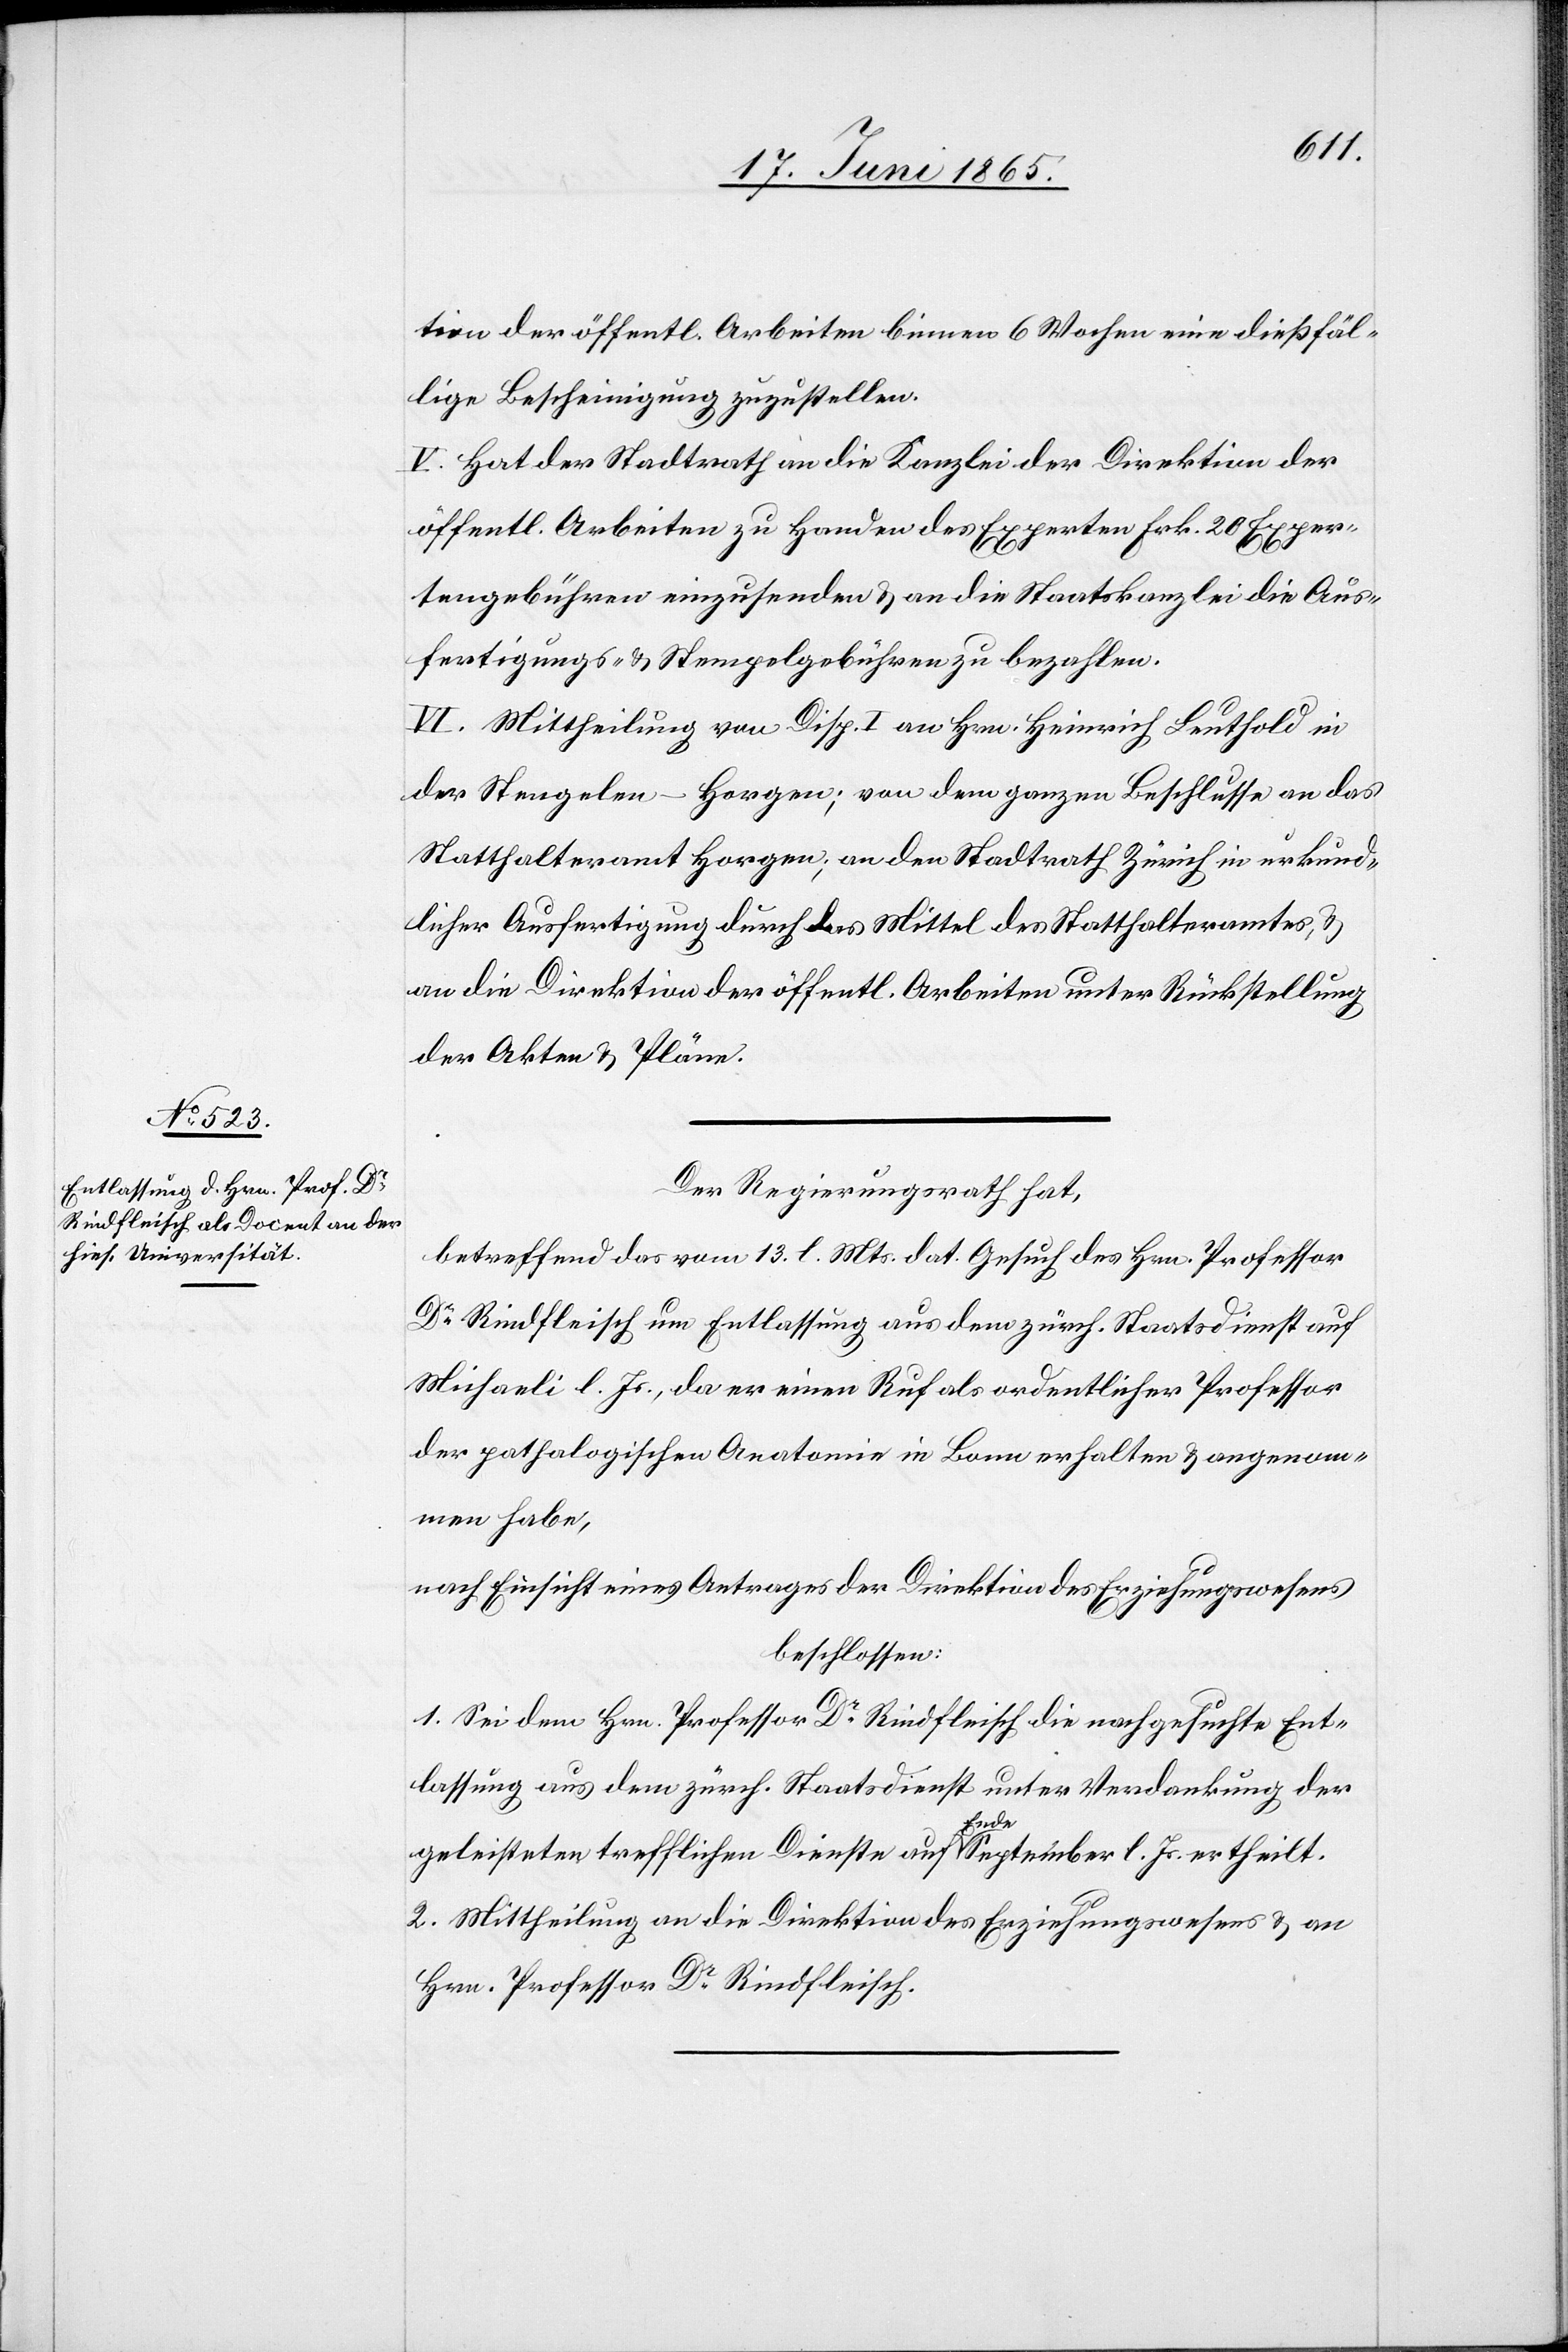
tion der öffentl. Arbeiten binnen 6 Wochen eine dießfäl¬
lige Bescheinigung zuzustellen.
V. Hat der Stadtrath an die Kanzlei der Direktion der
öffentl. Arbeiten zu Handen des Experten Frk. 20 Exper¬
tengebühren einzusenden & an die Staatskanzlei die Aus¬
fertigungs- & Stempelgebühren zu bezahlen.
VI. Mittheilung von Disp. I. an Hrn. Heinrich Leuthold in
der Stengelen-Horgen; von dem ganzen Beschlusse an das
Statthalteramt Horgen; an den Stadtrath Zürich in urkund¬
licher Ausfertigung durch das Mittel des Statthalteramtes, &
an die Direktion der öffentl. Arbeiten unter Rückstellung
der Akten & Pläne.
Der Regierungsrath hat,
betreffend das vom 13. l. Mts. dat. Gesuch des Hrn. Professor
Dr Rindfleisch um Entlassung aus dem zürch. Staatsdienst auf
Michaeli l. Js., da er einen Ruf als ordentlicher Professor
der pathalogischen Anatomie in Bonn erhalten & angenom¬
men habe,
nach Einsicht eines Antrages der Direktion des Erziehungswesens
beschlossen:
1. Sei dem Hrn. Professor Dr Rindfleisch die nachgesuchte Ent¬
lassung aus dem zürch. Staatsdienst unter Verdankung der
geleisteten trefflichen Dienste auf Ende September l. Js. ertheilt.
2. Mittheilung an die Direktion des Erziehungswesens & an
Hrn. Professor Dr Rindfleisch.